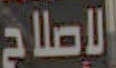
الإصلاح